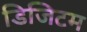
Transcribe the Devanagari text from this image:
डिजिटम